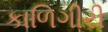
કાળિગીરી